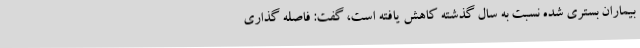
بیماران بستری شده نسبت به سال گذشته کاهش یافته است، گفت: فاصله گذاری